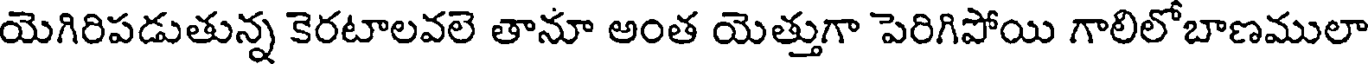
యెగిరిపడుతున్న కెరటాలవలె తానూ అంత యెత్తుగా పెరిగిపోయి గాలిలోబాణములా